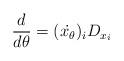
LaTeX: \begin{align*} \frac{d}{d\theta} = (\dot{x_\theta})_iD_{x_i} \end{align*}